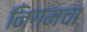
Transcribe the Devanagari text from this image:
निगमचा